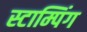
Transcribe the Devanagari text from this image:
स्टाम्पिंग